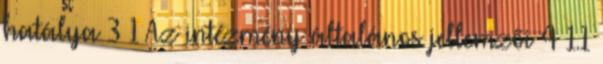
hatálya 3 1 Az intézmény általános jellemzői 4 1.1